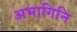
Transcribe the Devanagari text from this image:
अभागिनि